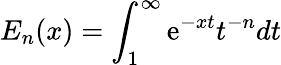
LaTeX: E_{n}(x)=\int_{1}^{\infty}\mathrm{e}^{-xt}t^{-n}dt